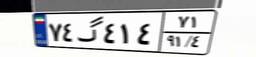
۴۵گ۹۰۹۳۴